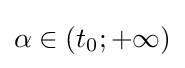
\alpha \in \left(t_{0};+\infty \right)